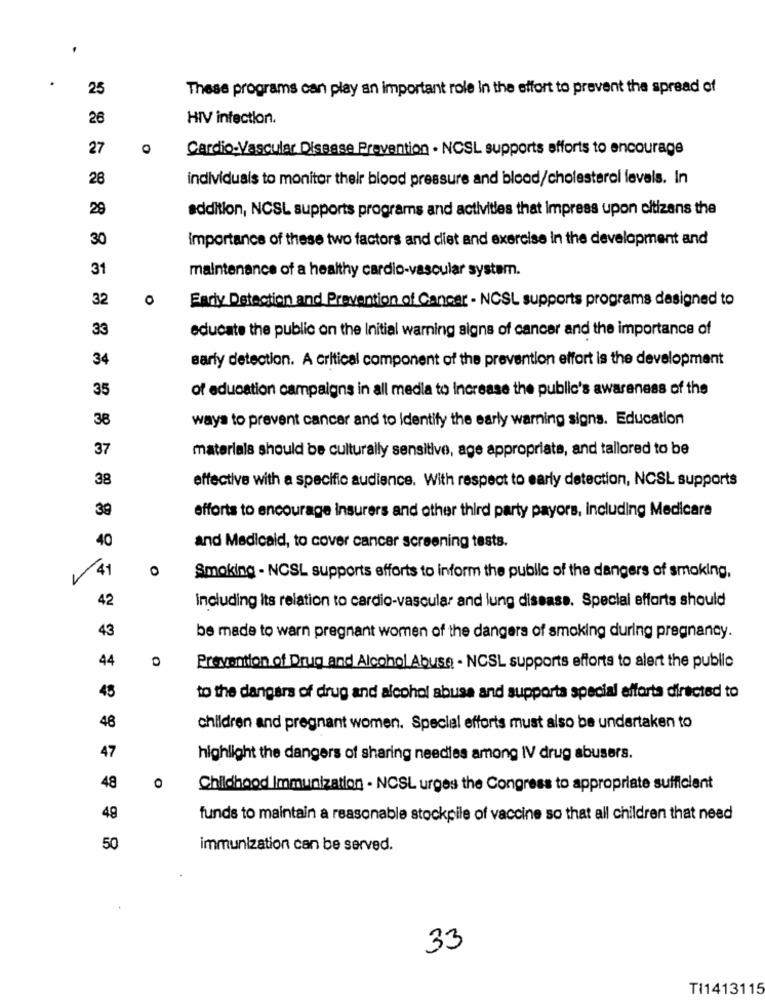
25
These programs can play an important role In the effort to prevent the spread of
26
HIV infection.
27
0
CardioVascular Disease Prevention . NCSL supports efforts to encourage
28
individuals to monitor their blood pressure and blood/cholesterol levels. In
29
addition, NCSL supports programs and activities that impress upon citizens the
30
importance of these two factors and cliet and exercise in the development and
31
maintenance of a healthy cardio-vascular system.
32
O
Early Detection and Prevention of Cancer - NCSL supports programs designed to
33
educate the public on the Initial warning signs of cancer and the importance of
34
early detection. A critical component of the prevention effort is the development
35
of education campaigns in all media to Increase the public's awareness of the
38
ways to prevent cancer and to Identify the early warning signs. Education
37
materials should be culturally sensitive, age appropriate, and tailored to be
38
effective with a specific audience. With respect to early detection, NCSL supports
39
efforts to encourage insurers and other third party payors, including Medicare
40
and Medicaid, to cover cancer screening tests.
41
0
Smoking - NCSL supports efforts to inform the public of the dangers of smoking,
42
including its relation to cardio-vascular and lung disease. Special efforts should
43
be made to warn pregnant women of the dangers of smoking during pregnancy.
44
O
Prevention of Drug and Alcohol Abuse - NCSL supports efforts to alert the public
45
to the dangers of drug and alcohol abuse and supporta special efforta directed to
46
children and pregnant women. Special efforts must also be undertaken to
47
highlight the dangers of sharing needles among IV drug abusers.
48
O
Childhood Immunization - NCSL urges the Congress to appropriate sufficient
49
funds to maintain a reasonable stockpile of vaccine so that all children that need
50
immunization can be served.
33
TI1413115